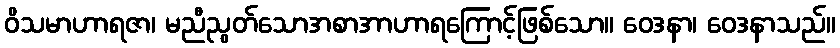
ဝိသမာဟာရဇာ၊ မညီညွတ်သောအစာအာဟာရကြောင့်ဖြစ်သော။ ဝေဒနာ၊ ဝေဒနာသည်။